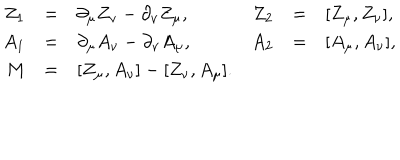
\begin{array} { r c l r c l } { { Z _ { 1 } } } & { { = } } & { { \partial _ { \mu } Z _ { \nu } - \partial _ { \nu } Z _ { \mu } , } } & { { Z _ { 2 } } } & { { = } } & { { [ Z _ { \mu } , Z _ { \nu } ] , } } \\ { { A _ { 1 } } } & { { = } } & { { \partial _ { \mu } A _ { \nu } - \partial _ { \nu } A _ { \mu } , } } & { { A _ { 2 } } } & { { = } } & { { [ A _ { \mu } , A _ { \nu } ] , } } \\ { { M } } & { { = } } & { { [ Z _ { \mu } , A _ { \nu } ] - [ Z _ { \nu } , A _ { \mu } ] . } } & { { } } & { { } } & { { } } \\ \end{array}